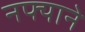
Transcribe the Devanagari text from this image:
नफ्याने